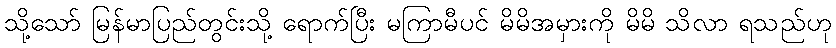
သို့သော် မြန်မာပြည်တွင်းသို့ ရောက်ပြီး မကြာမီပင် မိမိအမှားကို မိမိ သိလာ ရသည်ဟု